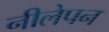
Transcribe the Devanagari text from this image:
नीलेपन